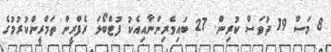
8 މަސް 19 ދުވަސް ކުރިން. 27 ބައިވެރިންނާއިއެކު ފުޓްބޯޅަ ރެފްރީން ތަމްރީންކުރުމުގެ